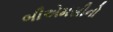
બીએમસીનો